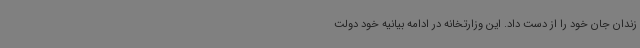
زندان جان خود را از دست داد. این وزارتخانه در ادامه بیانیه خود دولت